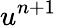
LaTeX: u^{n+1}